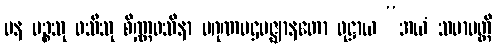
ပန ပဉ္စသု ဝသီသု စိဏ္ဏဝသိနာ ပဂုဏပဌမဇ္ဈာနတော ဝုဋ္ဌာယ “အယံ သမာပတ္တိ